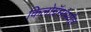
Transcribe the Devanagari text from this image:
किलोग्रॅमांपर्यंत